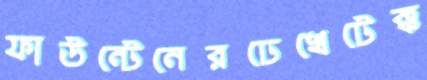
ফাউন্টেনেরঢেখেটেক্ক